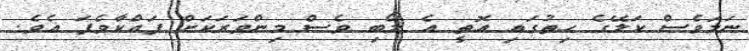
ނަމަވެސް ކަލޭގެ ހިތުގައި އޮތީ އެ ލޯބި ވެސް މިންވަރަކަށް ފައްކާވެފަ އެވެ.